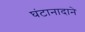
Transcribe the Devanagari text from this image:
घंटानादाने